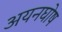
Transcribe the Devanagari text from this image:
अयनघोष